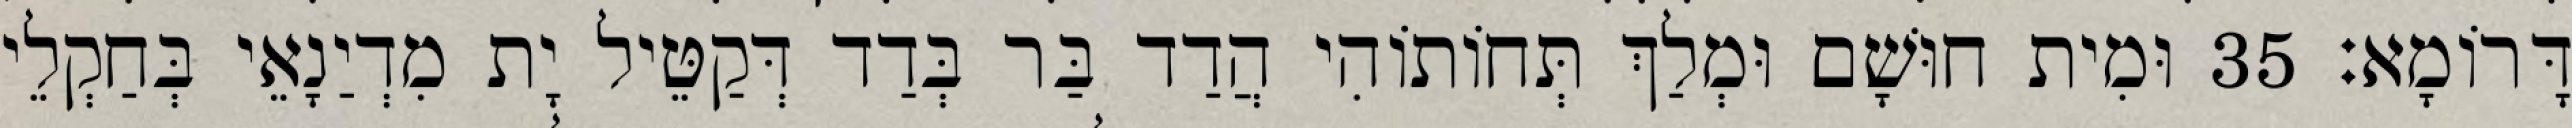
דָּרוֹמָא׃ 35 וּמִית חוּשָׁם וּמְלַךְ תְּחוֹתוֹהִי הֲדַד בַּר בְּדַד דְּקַטֵּיל יָת מִדְיַנָאֵי בְּחַקְלֵי